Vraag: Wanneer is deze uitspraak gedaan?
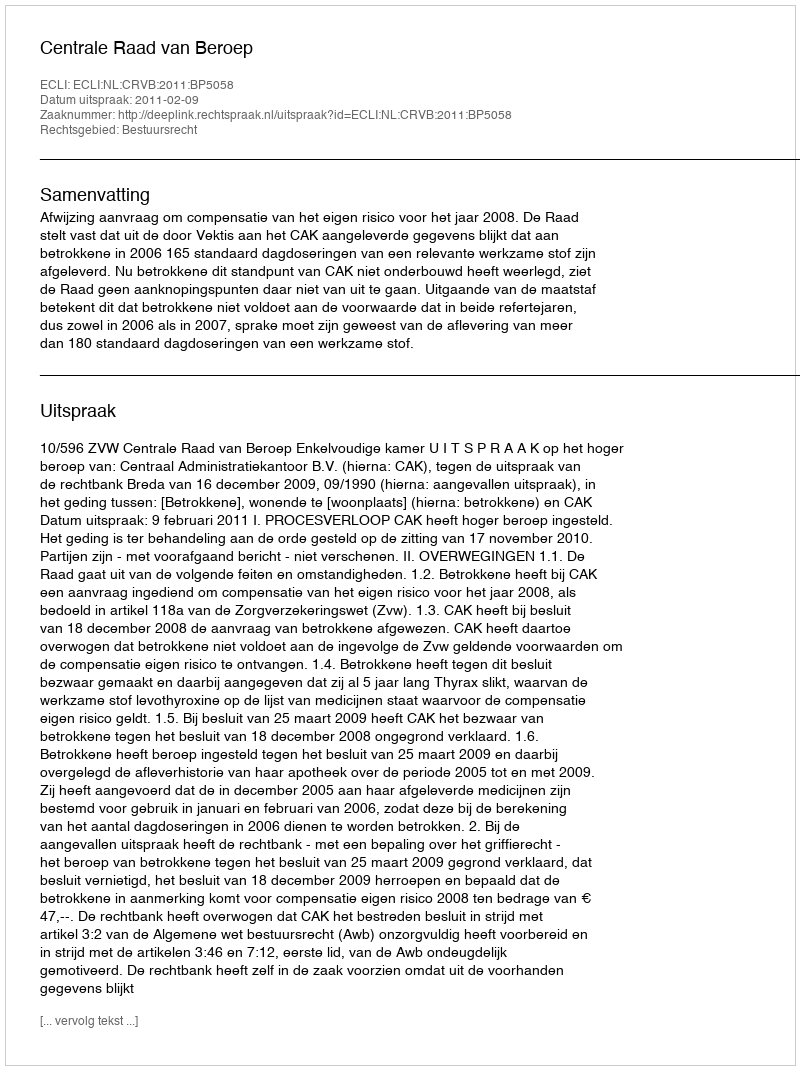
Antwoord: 2011-02-09